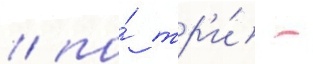
/ по́ тр'и́ -